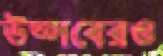
উত্সবেরও